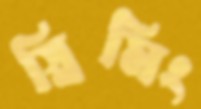
স্নিমিং